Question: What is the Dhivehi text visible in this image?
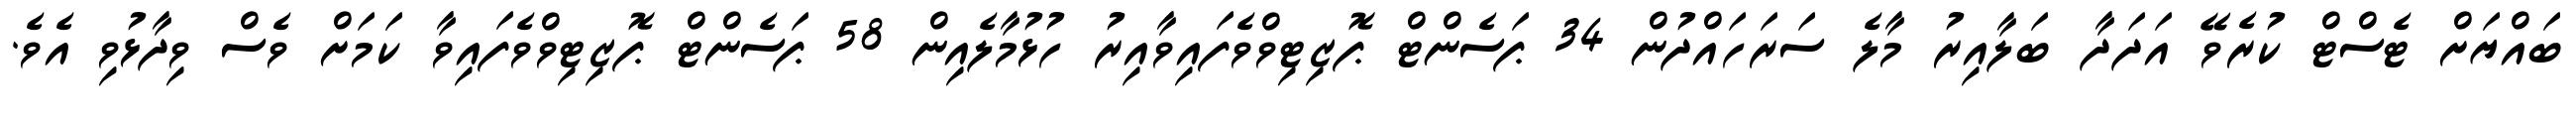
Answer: ބައްޔަށް ޓެސްޓް ކުރެވޭ އަދަދާ ބަލާއިރު މާލެ ސަރަހައްދުން 34 ޕަސެންޓް ޕޮޒިޓިވްވެފައިވާއިރު ހުޅުމާލެއިން 58 ޕަސެންޓް ޕޮޒިޓިވްވެފައިވާ ކަމަށް ވެސް ވިދާޅުވި އެވެ.